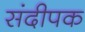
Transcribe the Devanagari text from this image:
संदीपक